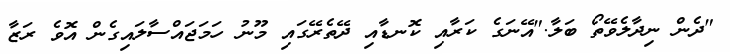
"ދެން ނިދާލެވޭތޯ ބަލާ."އޭނަގެ ކަރާއި ކޮނޑާއި ދޭތެރޭގައި މޫނު ހަމަޖައްސާލައިގެން އޮވެ ރަޒާ